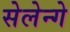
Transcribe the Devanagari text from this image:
सेलेन्गे